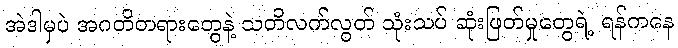
အဲဒါမှပဲ အဂတိတရားတွေနဲ့ သတိလက်လွတ် သုံးသပ် ဆုံးဖြတ်မှုတွေရဲ့ ရန်ကနေ